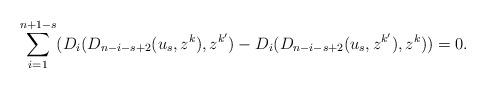
LaTeX: \begin{align*}\sum_{i=1}^{n+1-s}(D_i(D_{n-i-s+2}(u_s,z^k),z^{k'})-D_i(D_{n-i-s+2}(u_s,z^{k'}),z^k))=0.\end{align*}